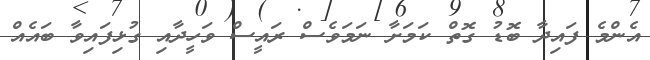
އެންމެ ފައިދާ ބޮޑު ގޮތް ކަމަށާ ނަމަވެސް ރައީސް ވަހީދާއި ގުޅިފައިވާ ބައެއް